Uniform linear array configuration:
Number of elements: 4
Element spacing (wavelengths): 0.25
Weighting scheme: uniform
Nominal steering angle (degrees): -45
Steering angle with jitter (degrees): -43.737
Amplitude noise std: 0.05
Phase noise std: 0.05

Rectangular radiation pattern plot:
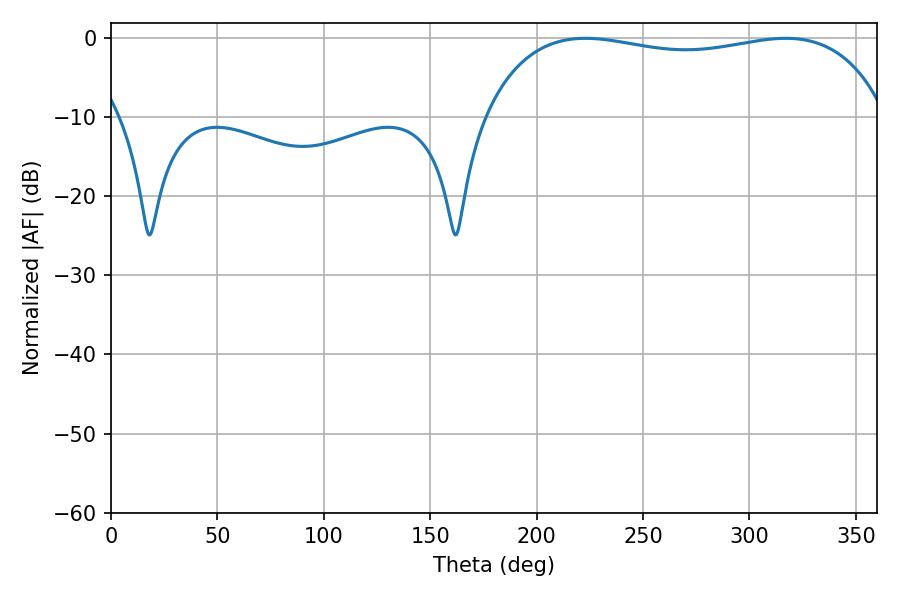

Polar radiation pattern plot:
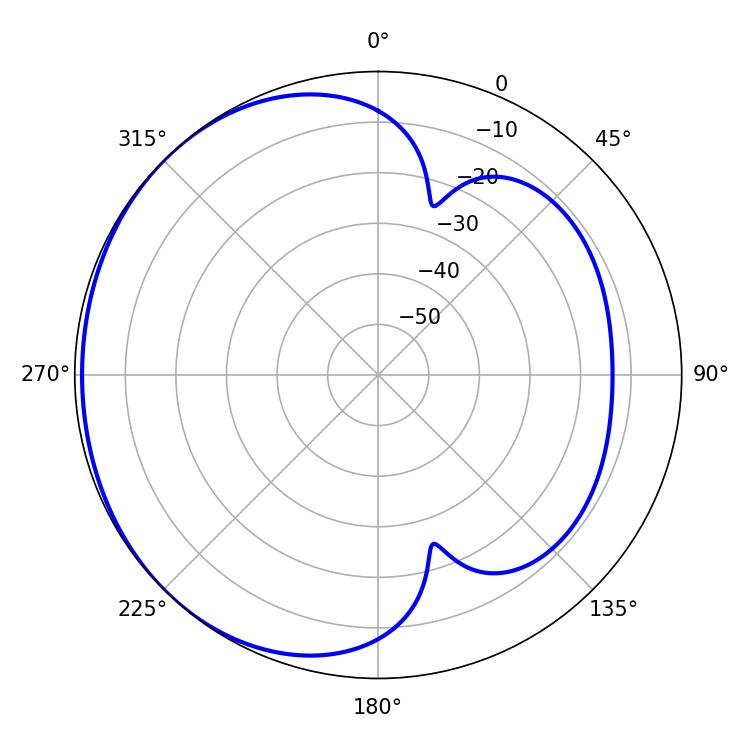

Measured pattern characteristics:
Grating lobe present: FALSE
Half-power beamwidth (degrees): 153.36
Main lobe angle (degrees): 222.84